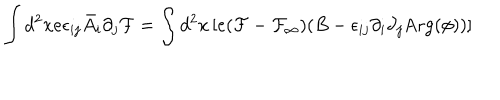
\int d ^ { 2 } x e \epsilon _ { i j } \bar { A } _ { i } \partial _ { j } { \cal F } = \int d ^ { 2 } x \left[ e ( { \cal F } - { \cal F _ { \infty } } ) ( B - \epsilon _ { i j } \partial _ { i } \partial _ { j } \mathrm { A r g } ( \phi ) ) \right]